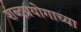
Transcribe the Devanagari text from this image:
शब्दप्रयोगाच्या